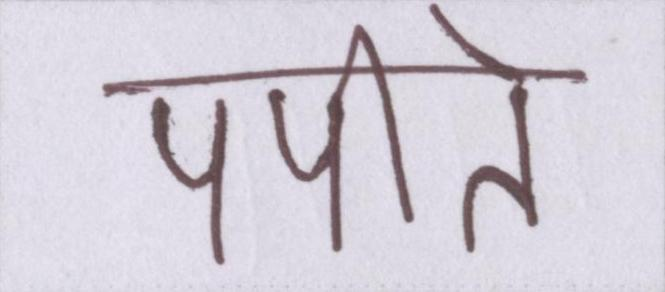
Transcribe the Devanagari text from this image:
पपीते